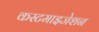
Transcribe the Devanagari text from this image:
कस्टमाइजेशन